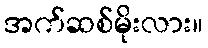
အက်ဆစ်မိုးလား။